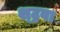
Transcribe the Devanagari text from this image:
श्ट्रबा